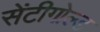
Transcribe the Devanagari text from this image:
सेंटीगोल्ड